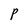
Character: P